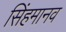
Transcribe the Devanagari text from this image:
सिंहमानव